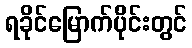
ရခိုင်မြောက်ပိုင်းတွင်